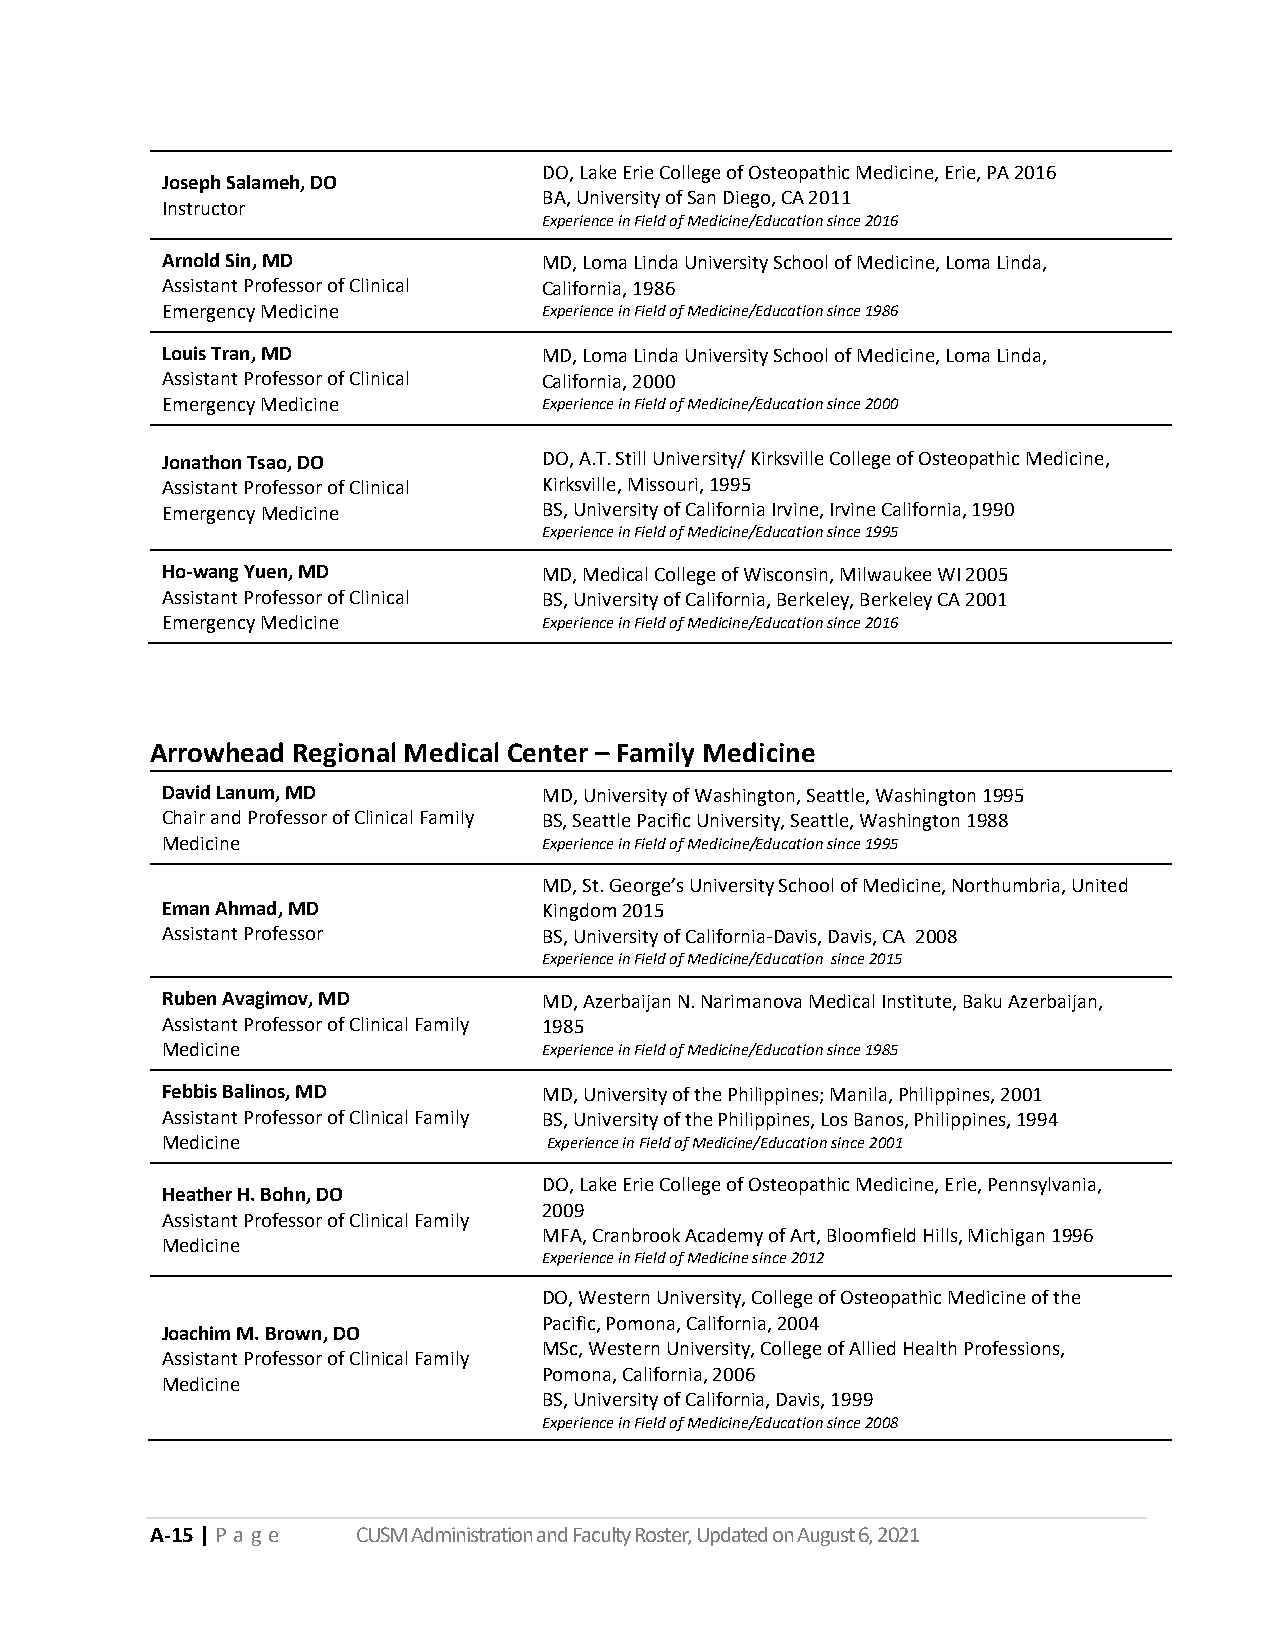
DO, Lake Erie College of Osteopathic Medicine, Erie, PA 2016
 Joseph Salameh, DO
 BA, University of San Diego, CA 2011
 Instructor
 Experience in Field of Medicine/Education since 2016
 Arnold Sin, MD           MD, Loma Linda University School of Medicine, Loma Linda,
 Assistant Professor of Clinical California, 1986
 Emergency Medicine       Experience in Field of Medicine/Education since 1986
 Louis Tran, MD           MD, Loma Linda University School of Medicine, Loma Linda,
 Assistant Professor of Clinical California, 2000
 Emergency Medicine       Experience in Field of Medicine/Education since 2000
 Jonathon Tsao, DO        DO, A.T. Still University/ Kirksville College of Osteopathic Medicine,
 Assistant Professor of Clinical Kirksville, Missouri, 1995
 Emergency Medicine       BS, University of California Irvine, Irvine California, 1990
 Experience in Field of Medicine/Education since 1995
 Ho-wang Yuen, MD         MD, Medical College of Wisconsin, Milwaukee WI 2005
 Assistant Professor of Clinical BS, University of California, Berkeley, Berkeley CA 2001
 Emergency Medicine       Experience in Field of Medicine/Education since 2016
 Arrowhead Regional Medical Center – Family Medicine
 David Lanum, MD          MD, University of Washington, Seattle, Washington 1995
 Chair and Professor of Clinical Family BS, Seattle Pacific University, Seattle, Washington 1988
 Medicine                 Experience in Field of Medicine/Education since 1995
 MD, St. George’s University School of Medicine, Northumbria, United
 Eman Ahmad, MD           Kingdom 2015
 Assistant Professor      BS, University of California-Davis, Davis, CA 2008
 Experience in Field of Medicine/Education since 2015
 Ruben Avagimov, MD       MD, Azerbaijan N. Narimanova Medical Institute, Baku Azerbaijan,
 Assistant Professor of Clinical Family 1985
 Medicine                 Experience in Field of Medicine/Education since 1985
 Febbis Balinos, MD       MD, University of the Philippines; Manila, Philippines, 2001
 Assistant Professor of Clinical Family BS, University of the Philippines, Los Banos, Philippines, 1994
 Medicine                 Experience in Field of Medicine/Education since 2001
 DO, Lake Erie College of Osteopathic Medicine, Erie, Pennsylvania,
 Heather H. Bohn, DO
 2009
 Assistant Professor of Clinical Family
 MFA, Cranbrook Academy of Art, Bloomfield Hills, Michigan 1996
 Medicine
 Experience in Field of Medicine since 2012
 DO, Western University, College of Osteopathic Medicine of the
 Pacific, Pomona, California, 2004
 Joachim M. Brown, DO
 MSc, Western University, College of Allied Health Professions,
 Assistant Professor of Clinical Family
 Pomona, California, 2006
 Medicine
 BS, University of California, Davis, 1999
 Experience in Field of Medicine/Education since 2008
 A-15 | P a g e CUSM Administration and Faculty Roster, Updated on August 6, 2021